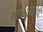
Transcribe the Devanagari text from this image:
मोबदल्यातून